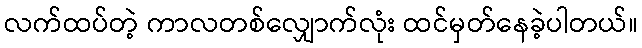
လက်ထပ်တဲ့ ကာလတစ်လျှောက်လုံး ထင်မှတ်နေခဲ့ပါတယ်။